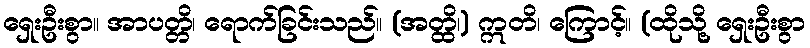
ရှေးဦးစွာ။ အာပတ္တိ၊ ရောက်ခြင်းသည်။ (အတ္ထိ၊) ဣတိ၊ ကြောင့်။ (ထိုသို့ ရှေးဦးစွာ